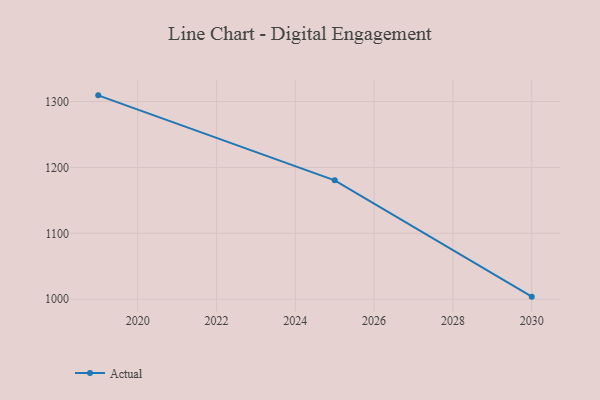
{"axis": {"x": "Year", "y": "LTV (USD)"}, "legend": ["Actual"], "data": [{"x": "2030", "y": 1003.9, "type": "Actual"}, {"x": "2025", "y": 1180.4, "type": "Actual"}, {"x": "2019", "y": 1309.4, "type": "Actual"}]}